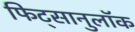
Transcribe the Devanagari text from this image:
फिट्सानुलॉक